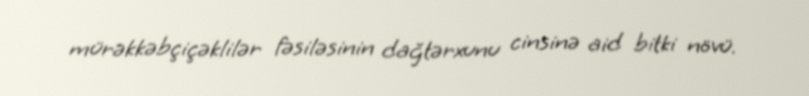
mürəkkəbçiçəklilər fəsiləsinin dağtərxunu cinsinə aid bitki növü.